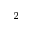
^ 2